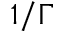
1 / \Gamma